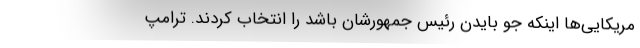
مریکایی‌ها اینکه جو بایدن رئیس جمهورشان باشد را انتخاب کردند. ترامپ